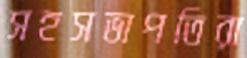
সহসভাপতিরা